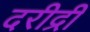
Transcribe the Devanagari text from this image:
दरीद्री